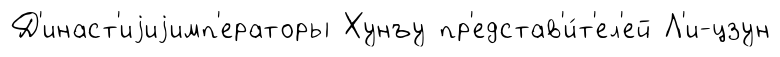
Д'инаст'иjиjимп'ераторы Хунъу пр'едстав'и́т'ел'ей Л'и-цзун